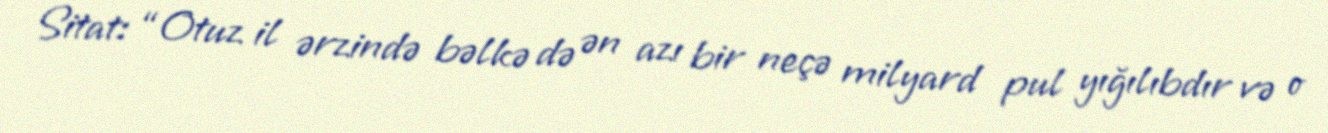
Sitat: “Otuz il ərzində bəlkə də ən azı bir neçə milyard pul yığılıbdır və o